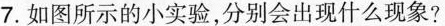
7.如图所示的小实验，分别会出现什么现象?